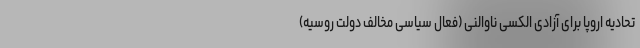
تحادیه اروپا برای آزادی الکسی ناوالنی (فعال سیاسی مخالف دولت روسیه)